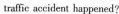
trafie accident happened?